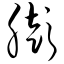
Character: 膨